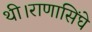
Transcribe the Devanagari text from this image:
थी।राणासिंघे